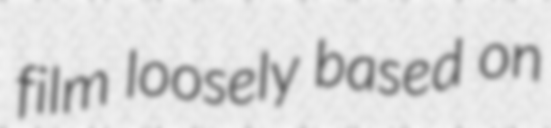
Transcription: film loosely based on